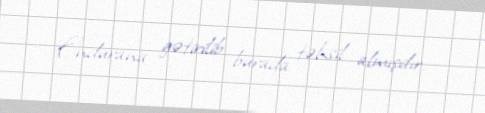
Endurana gətirilib burada təhsil almışdır.